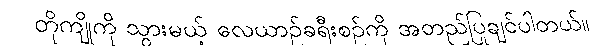
တိုကျိုကို သွားမယ့် လေယာဉ်ခရီးစဉ်ကို အတည်ပြုချင်ပါတယ်။